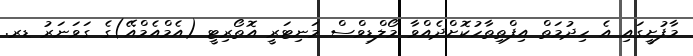
މާފުށީގައި އެ ހިދުމަތް އިފްތިތާހުކޮށްދެއްވާ މޯލްޑިވްސް މަނިޓަރީ އޮތޯރިޓީ (އެމްއެމްއޭ)ގެ ގަވަނަރު ޑރ.